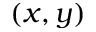
( x , y )